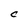
Character: C